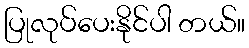
ပြုလုပ်ပေးနိုင်ပါ တယ်။